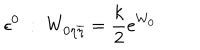
LaTeX: \epsilon ^ { 0 } \; : \; W _ { 0 \eta \overline { { { \eta } } } } = { \frac { k } { 2 } } e ^ { W _ { 0 } }